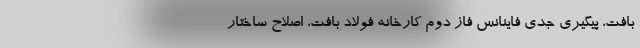
بافت، پیگیری جدی فاینانس فاز دوم کارخانه فولاد بافت، اصلاح ساختار